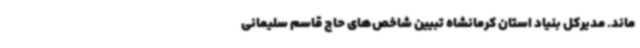
ماند. مدیرکل بنیاد استان کرمانشاه تبیین شاخص‌های حاج قاسم سلیمانی